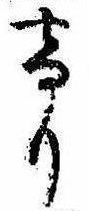
けり